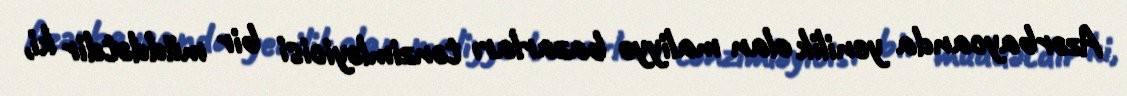
Azərbaycanda yenilik olan maliyyə bazarları tənzimləyicisi bir müddətdir ki,